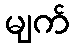
မျက်